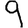
Digit: 9